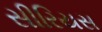
સીરિયસ